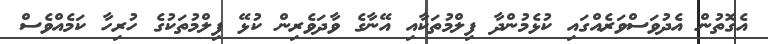
އެގޮތުން އެދުވަސްވަރެއްގައި ކުޅެމުންދާ ފިލްމުތަކާއި އޭނާގެ ވާދަވެރިން ކުޅޭ ފިލްމުތަކުގެ ހުރިހާ ކަމެއްވެސް